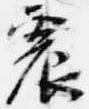
震